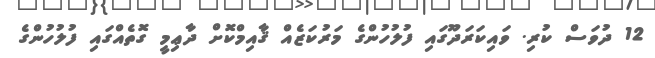
12 ދުވަސް ކުރި. ވައިކަރަދޫގައި ފުލުހުންގެ މަރުކަޒެއް ޤާއިމްކޮށް ދާޢިމީ ގޮތެއްގައި ފުލުހުންގެ